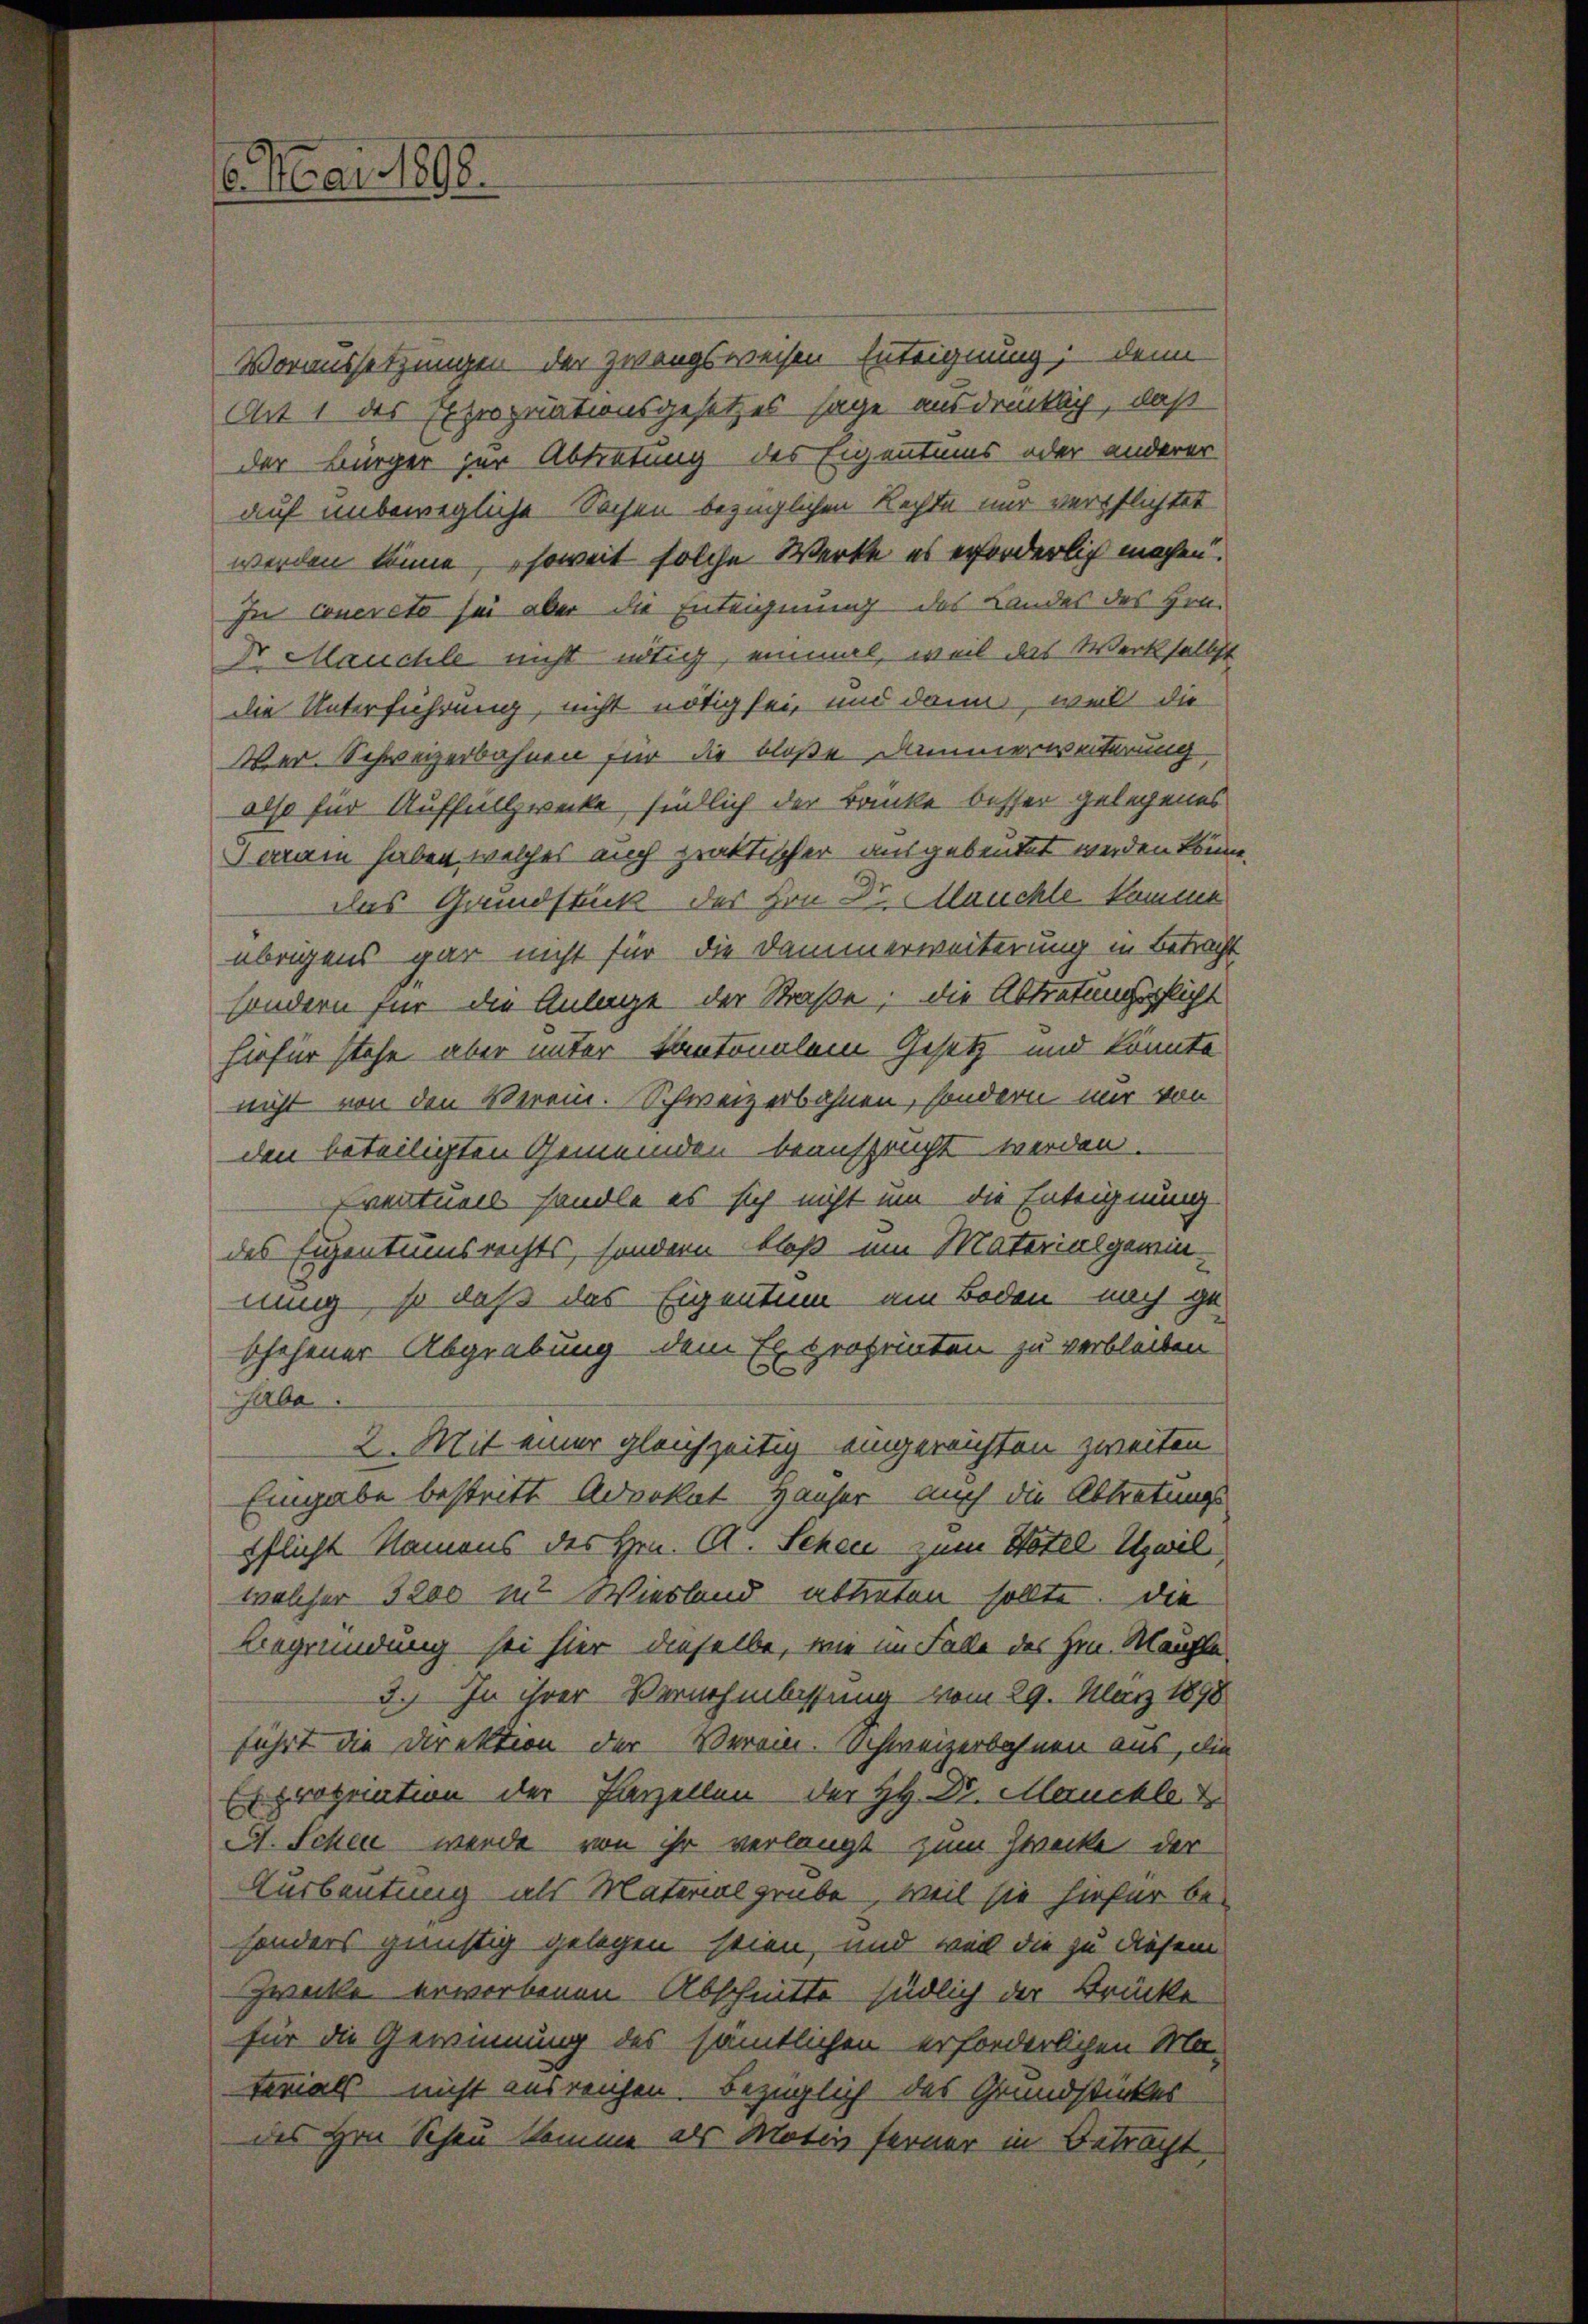
6. Mai 1898.

Voraussetzungen der zwangsweisen Enteignung; denn
Art 1 des Expropriationsgesetzes sage ausdrücklich, daß
der Bürger zur Abtretung des Eigentums oder anderer
auf unbewegliche Sachen bezüglichen Rechte nur verpflichtet
werden könne, soweit solche Werke es erforderlich machen.
In concreto sei aber die Enteignung des Landes des Hrn.
Ir Mauchle nicht nötig, einmal, weil das Werkselbst
die Unterführung, nicht nötig sei, und dann, welt die
Wer. Schweizerbahnen für die bloße Dammerweiterung
also für Auffüllzwecke sündlich der Banke besser gelegenes
oram haben, welches auch praktischer ausgebeutet werden könne.
das Grundstück des Hrn Dr. Mauchte komme
übrigens gar nicht für die Dammerweiterung in Betracht
sondern für die Anlage der Straße; die Abtretungspflicht
hiefür stehe aber unter kantonalem Gesetz und könnte
nicht von den Verein. Schweizerbahnen, sondern mir von
den beteiligten Gemeinden beansprucht werden.
Eventuell handle es sich nicht um die Enteignung
des Eigentumsrechts, sondern bloß am Materialgewin-
nung, so daß das Eigentum am Boden nach ge-
schehener Abgrabung dem Exproprinten zu verbleiben
habe.
2. Mit einer gleichzeitig eingereichten zweiten
Eingabe bestritt Advokat Hauser auch die Abtretungs
pflicht Namens des Hrn. A. Schen zum Hotel Uzwil
welcher 3200 in Wiesland abtreten sollte. Die
Begründung sei hier dieselbe, wie im Falle des Hrn. Mahle
3. In ihrer Vernehmbissung vom 29. März 1898
führt die Direktion der Verein. Schweizerbahnen aus, die
Er properation der Parzellen der HH. Dr. Meuchte de
A. Schen werde von ihr verlangt zum Zwecke der
Ausbeutung als Materialgrube, weil sie hiefür be-
sonders günstig gelegen stien, und weil die zu diesem
Zwecke erworbenen Abschnitte südlich der Brücke
für die Gewinnung des sämtlichen erforderlichen Ma-
terials nicht ausreichen. Bezüglich des Grundstückes
des Hrn. Schau komme als Motiv ferner in Betracht